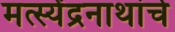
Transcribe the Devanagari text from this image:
मत्स्येंद्रनाथांचे